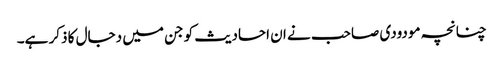
چنانچہ مودودی صاحب نے ان احادیث کو جن میں دجال کا ذکر ہے۔